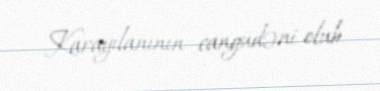
Karayılanının cangüdəni olub.